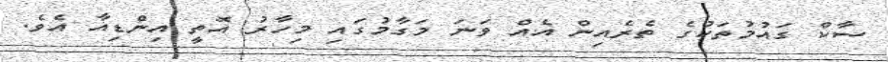
ސާކް ގައުމުތަކުގެ ތެރެއިން އެއް ވަނަ މަގާމުގައި މިހާރު އޮތީ އިންޑިއާ އެވެ.